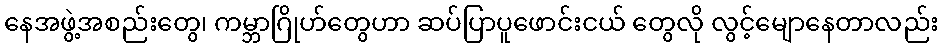
နေအဖွဲ့အစည်းတွေ၊ ကမ္ဘာဂြိုဟ်တွေဟာ ဆပ်ပြာပူဖောင်းငယ် တွေလို လွင့်မျောနေတာလည်း